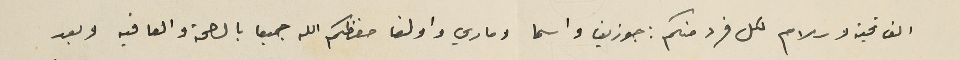
الف تحية وسلام لكل فرد منكم: جوزيف واسما وماري واولغا حفظكم الله جميعا بالصحة والعافيه وبعد